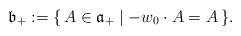
LaTeX: \begin{align*}\mathfrak{b}_+ := \{\, A \in \mathfrak{a}_+ \mid -w_0 \cdot A = A \,\}.\end{align*}